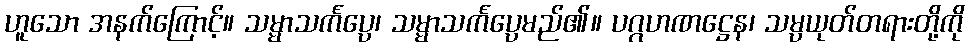
ဟူသော အနက်ကြောင့်။ သမ္မာသင်္ကပ္ပေ၊ သမ္မာသင်္ကပ္ပေမည်၏။ ပဂ္ဂဟဏဋ္ဌေန၊ သမ္ပယုတ်တရားတို့ကို